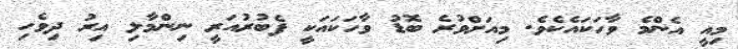
މިއީ އެންމެ ވާހަކައެކެވެ. މިއަށްވުރެ ބޮޑު ވާހަކައަކީ ފެބުރުއަރީ ނިންމާލި އިރު ދިވެހި